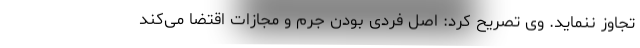
تجاوز ننماید. وی تصریح کرد: اصل فردی بودن جرم و مجازات اقتضا می‌کند